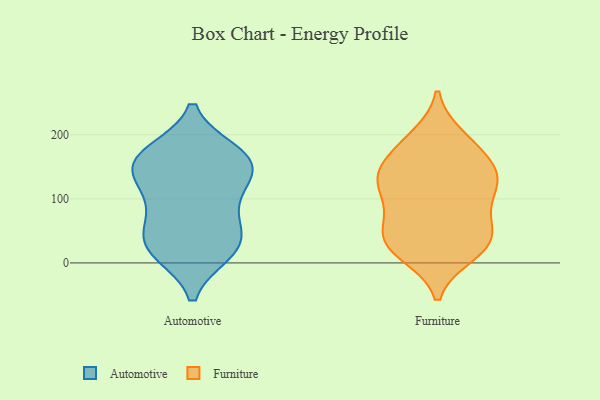
{"axis": {"x": "Page Views", "y": "Value"}, "legend": ["Automotive", "Furniture"], "data": [{"x": "", "y": 134, "type": "Automotive"}, {"x": "", "y": 151, "type": "Automotive"}, {"x": "", "y": 39, "type": "Automotive"}, {"x": "", "y": 27, "type": "Automotive"}, {"x": "", "y": 171, "type": "Automotive"}, {"x": "", "y": 155, "type": "Automotive"}, {"x": "", "y": 159, "type": "Automotive"}, {"x": "", "y": 22, "type": "Automotive"}, {"x": "", "y": 54, "type": "Automotive"}, {"x": "", "y": 18, "type": "Automotive"}, {"x": "", "y": 102, "type": "Automotive"}, {"x": "", "y": 95, "type": "Automotive"}, {"x": "", "y": 166, "type": "Automotive"}, {"x": "", "y": 129, "type": "Furniture"}, {"x": "", "y": 144, "type": "Furniture"}, {"x": "", "y": 111, "type": "Furniture"}, {"x": "", "y": 38, "type": "Furniture"}, {"x": "", "y": 82, "type": "Furniture"}, {"x": "", "y": 16, "type": "Furniture"}, {"x": "", "y": 114, "type": "Furniture"}, {"x": "", "y": 23, "type": "Furniture"}, {"x": "", "y": 115, "type": "Furniture"}, {"x": "", "y": 136, "type": "Furniture"}, {"x": "", "y": 47, "type": "Furniture"}, {"x": "", "y": 51, "type": "Furniture"}, {"x": "", "y": 13, "type": "Furniture"}, {"x": "", "y": 69, "type": "Furniture"}, {"x": "", "y": 32, "type": "Furniture"}, {"x": "", "y": 191, "type": "Furniture"}, {"x": "", "y": 197, "type": "Furniture"}, {"x": "", "y": 148, "type": "Furniture"}, {"x": "", "y": 180, "type": "Furniture"}, {"x": "", "y": 154, "type": "Furniture"}]}